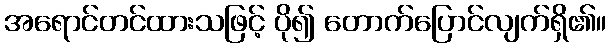
အရောင်တင်ထားသဖြင့် ပို၍ တောက်ပြောင်လျက်ရှိ၏။